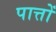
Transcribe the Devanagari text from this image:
पात्तों